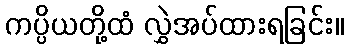
ကပ္ပိယတို့ထံ လွှဲအပ်ထားရခြင်း။